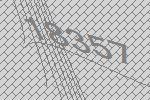
18357